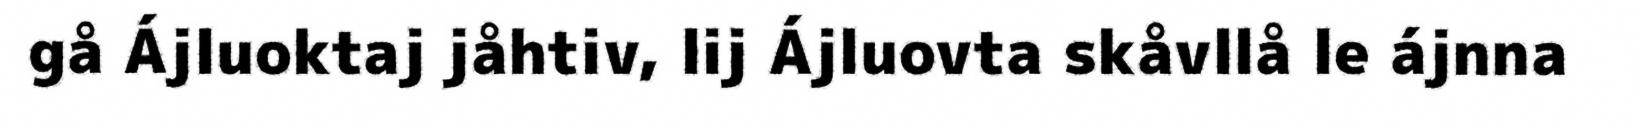
gå Ájluoktaj jåhtiv, lij Ájluovta skåvllå le ájnna